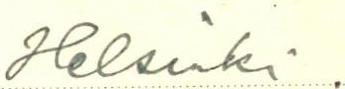
Helsinki .